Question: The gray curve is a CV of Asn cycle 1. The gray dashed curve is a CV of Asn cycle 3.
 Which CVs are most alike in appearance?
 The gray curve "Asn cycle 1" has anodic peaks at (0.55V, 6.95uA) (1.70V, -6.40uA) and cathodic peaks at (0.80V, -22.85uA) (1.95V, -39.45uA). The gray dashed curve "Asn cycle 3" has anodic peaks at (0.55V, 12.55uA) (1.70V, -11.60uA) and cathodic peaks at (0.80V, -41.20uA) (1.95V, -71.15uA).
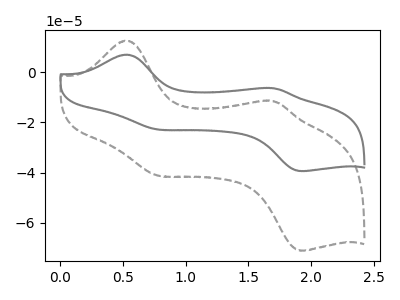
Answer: <think>All the peaks in "Asn cycle 1" have a peak in "Asn cycle 3" at the same potential.
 </think>
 <answer>"Asn cycle 3" and "Asn cycle 1" have the same shape and are likely CV's of the same chemical.</answer>
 <eval>"Asn cycle 3" "Asn cycle 1"</eval>